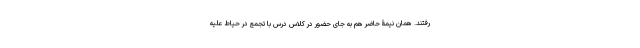
رفتند. همان نیمۀ حاضر هم به جای حضور در کلاس درس با تجمع در حیاط علیه